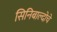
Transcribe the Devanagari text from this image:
सिनिबाल्दोचे